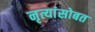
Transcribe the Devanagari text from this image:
नृत्यांसोबत